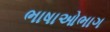
ભાષાઓભાગ